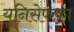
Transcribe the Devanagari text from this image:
यूनिसेफका